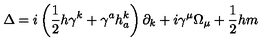
\Delta = i \left( \frac 1 2 h \gamma ^ { k } + \gamma ^ { a } h _ { a } ^ { k } \right) \partial _ { k } + i \gamma ^ { \mu } \Omega _ { \mu } + \frac 1 2 h m